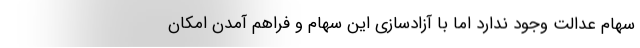
سهام عدالت وجود ندارد اما با آزادسازی این سهام و فراهم آمدن امکان